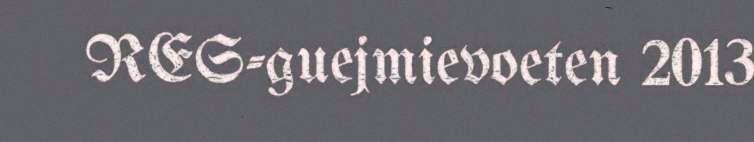
RES-guejmievoeten 2013